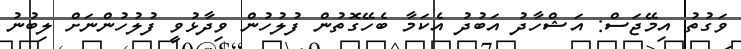
ވަގުތު އިމޭޖަސް: އަޝްހާދު އަބުދު އެކަމާ ބެހޭގޮތުން ފުލުހުން ވިދާޅުވީ ފުލުހުންނަށް ލިބުނު